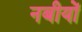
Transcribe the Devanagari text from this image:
नबीयों